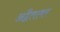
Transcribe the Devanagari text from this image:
अद्वैतावर